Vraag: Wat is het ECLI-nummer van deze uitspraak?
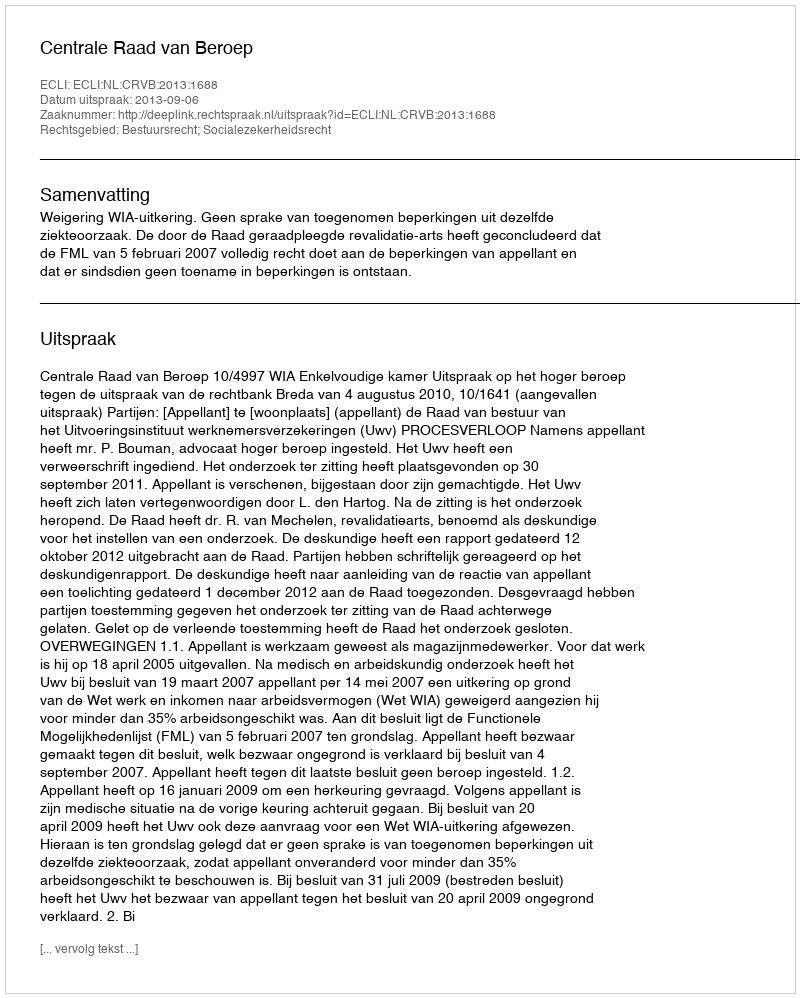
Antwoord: ECLI:NL:CRVB:2013:1688